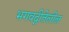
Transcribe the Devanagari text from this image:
भगवद्गीतेलील